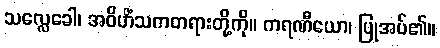
သလ္လေခေါ၊ အဝိဟိံသကတရားတို့ကို။ ကရဏီယော၊ ပြုအပ်၏။